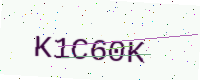
Text: K1C60K